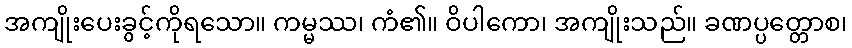
အကျိုးပေးခွင့်ကိုရသော။ ကမ္မဿ၊ ကံ၏။ ဝိပါကော၊ အကျိုးသည်။ ခဏပ္ပတ္တောစ၊